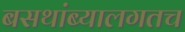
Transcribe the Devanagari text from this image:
बसथांब्यालगतच